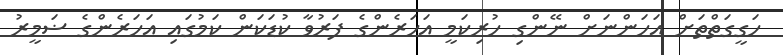
ހަގީގަތްތަށް އަހަންނަށް ނޭންގި ހުރިކަމީ އަހަރެންގެ ފަރުވާ ކުޑަކަން ކަމުގައި އަހަރެންގެ ޟަމީރު